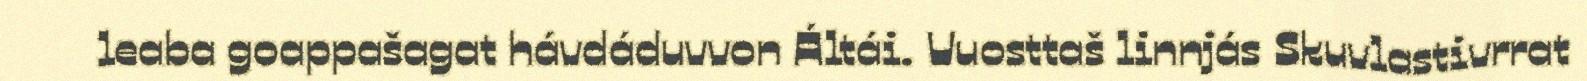
leaba goappašagat hávdáduvvon Áltái. Vuosttaš linnjás Skuvlastivrrat